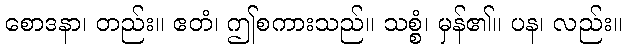
စောဒနာ၊ တည်း။ ဧတံ၊ ဤစကားသည်။ သစ္စံ၊ မှန်၏။ ပန၊ လည်း။